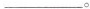
___。